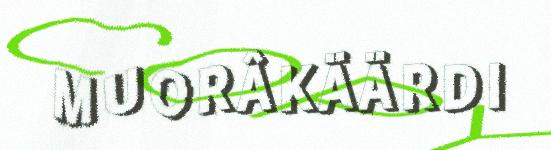
MUORÂKÄÄRDI